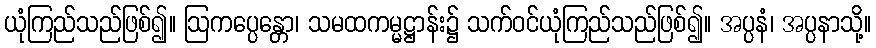
ယုံကြည်သည်ဖြစ်၍။ ဩကပ္ပေန္တော၊ သမထကမ္မဋ္ဌာန်း၌ သက်ဝင်ယုံကြည်သည်ဖြစ်၍။ အပ္ပနံ၊ အပ္ပနာသို့။